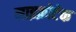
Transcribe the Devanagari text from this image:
माइक्रोटेक